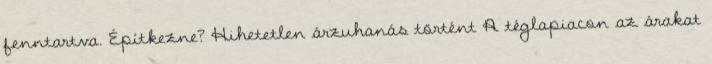
fenntartva. Építkezne? Hihetetlen árzuhanás történt A téglapiacon az árakat